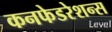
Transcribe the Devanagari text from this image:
कनफेडरेशन्स